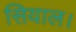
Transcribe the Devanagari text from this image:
सियाल।